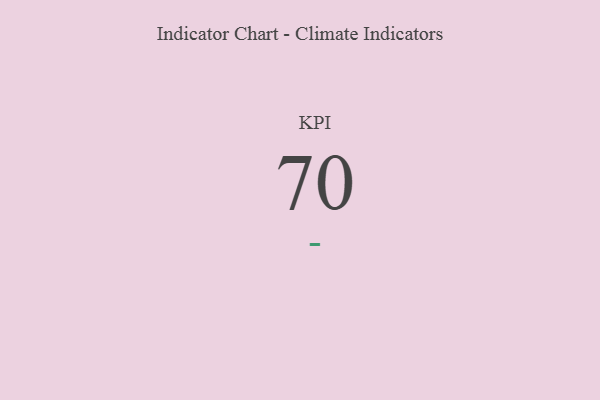
{"axis": {"x": "KPI", "y": "Value"}, "legend": [""], "data": [{"x": "KPI", "y": 70, "type": ""}]}